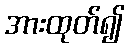
အားထုတ်၍